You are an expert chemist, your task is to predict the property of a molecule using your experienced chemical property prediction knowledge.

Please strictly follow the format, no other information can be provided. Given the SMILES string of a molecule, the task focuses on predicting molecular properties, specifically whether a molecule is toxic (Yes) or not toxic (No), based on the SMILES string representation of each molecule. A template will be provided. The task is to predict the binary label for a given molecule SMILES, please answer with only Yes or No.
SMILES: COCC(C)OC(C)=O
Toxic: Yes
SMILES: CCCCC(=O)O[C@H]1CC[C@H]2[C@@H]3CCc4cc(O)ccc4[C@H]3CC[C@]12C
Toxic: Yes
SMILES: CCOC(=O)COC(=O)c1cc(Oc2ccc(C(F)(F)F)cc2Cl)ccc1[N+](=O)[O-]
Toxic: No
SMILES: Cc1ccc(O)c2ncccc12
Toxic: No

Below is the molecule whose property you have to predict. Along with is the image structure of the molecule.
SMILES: CCCC(C)C(O)CC
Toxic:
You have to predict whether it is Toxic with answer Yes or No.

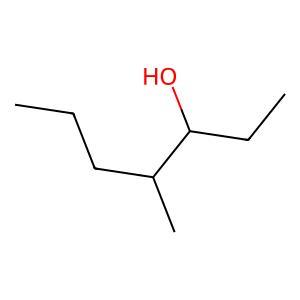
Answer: No